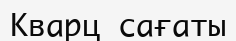
Кварц сағаты